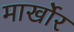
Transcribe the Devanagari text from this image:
मार्खोर